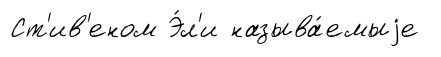
Ст'ив'еном Э́л'и называ́емыjе